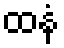
ထနံ